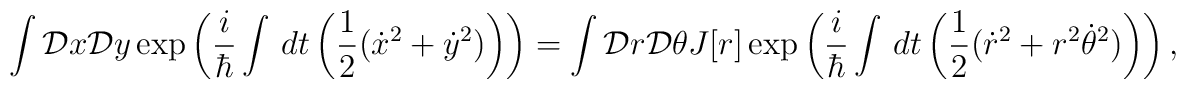
\int{\cal D}x{\cal D}y\exp\left(\frac{i}{\hbar}\int\,dt\left(\frac{1}{2}(\dot{x}^{2}+\dot{y}^{2})\right)\right) =\int{\cal D}r{\cal D}\theta J[r] \exp\left(\frac{i}{\hbar}\int\,dt\left(\frac{1}{2}(\dot{r}^{2}+r^{2}\dot{\theta}^{2})\right)\right),